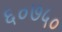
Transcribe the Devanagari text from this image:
६०७५०